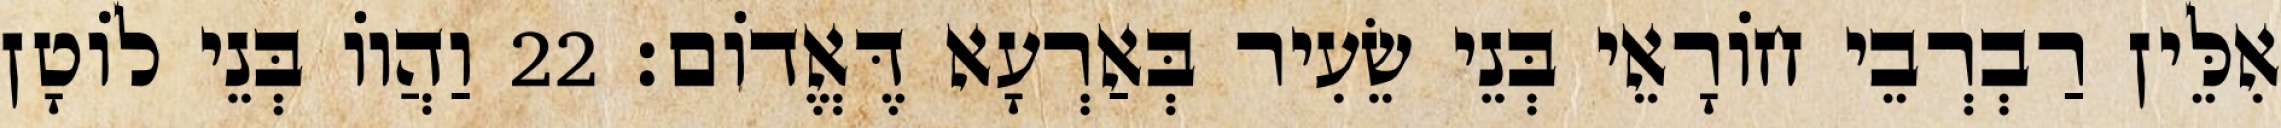
אִלֵּין רַבְרְבֵי חוֹרָאֵי בְּנֵי שֵׂעִיר בְּאַרְעָא דֶּאֱדוֹם׃ 22 וַהֲווֹ בְּנֵי לוֹטָן